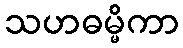
သဟဓမ္မိကာ